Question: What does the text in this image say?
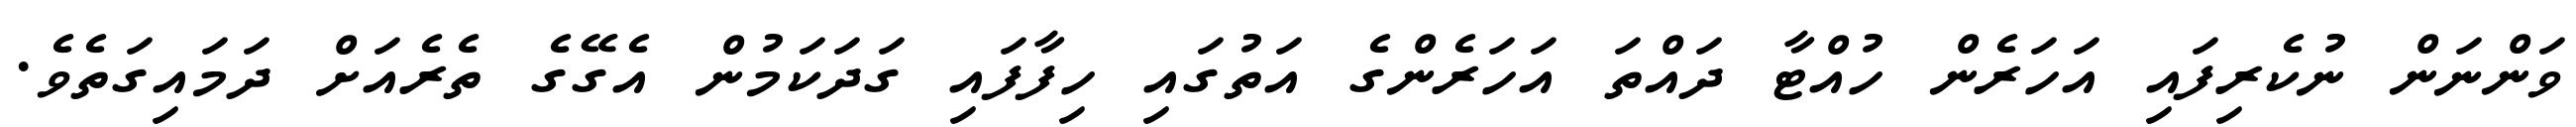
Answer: ވަންނަން ނުކެރިފައި އަހަރެން ހުއްޓާ ދައްތަ އަހަރެންގެ އަތުގައި ހިފާފައި ގަދަކަމުން އެގޭގެ ތެރެއަށް ދަމައިގަތެވެ.